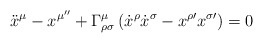
\begin{align*}{\ddot x}^{\mu} - {x^{\mu ''}} + \Gamma^{\mu}_{\rho\sigma } \left( {\dot x}^{\rho} {\dot x}^{\sigma} - {x}^{\rho \prime} {x}^{\sigma \prime}\right ) = 0\end{align*}